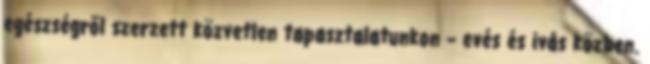
egészségről szerzett közvetlen tapasztalatunkon – evés és ivás közben.